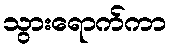
သွားရောက်ကာ